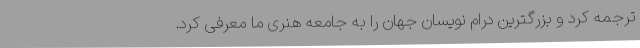
ترجمه کرد و بزرگترین درام نویسان جهان را به جامعه هنری ما معرفی کرد.